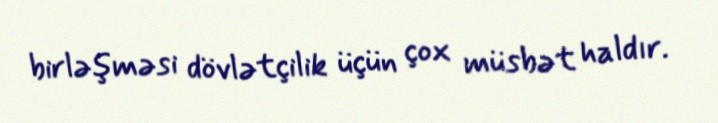
birləşməsi dövlətçilik üçün çox müsbət haldır.